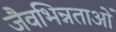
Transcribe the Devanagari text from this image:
जैवभिन्नताओं